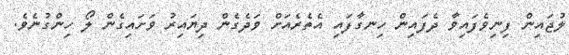
ލުޖައިން ފިނިވެފައިވާ ދެފައިން ހިނގާފައި އެތެރެއަށް ވަދެގެން ދިޔައިރު ވަށައިގެން ލޯ ހިންގުނެވެ.